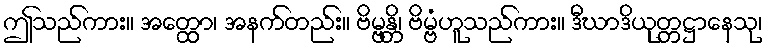
ဤသည်ကား။ အတ္ထော၊ အနက်တည်း။ ဗိမ္ဗန္တိ၊ ဗိမ္ဗံဟူသည်ကား။ ဒီဃာဒိယုတ္တဋ္ဌာနေသု၊